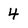
Character: 4